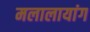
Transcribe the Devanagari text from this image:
मलालायांग